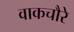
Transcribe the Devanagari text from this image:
वाकचौरे